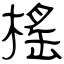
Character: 榣